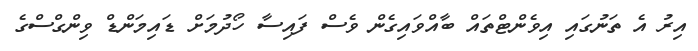
އިރު އެ ތަނުގައި އިވެންޓްތައް ބާއްވައިގެން ވެސް ފައިސާ ހޯދުމަށް ޑައިމަންޑް ވިންގްސްގެ